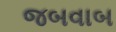
જબવાબ